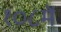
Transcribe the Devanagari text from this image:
१०८में